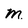
Character: m